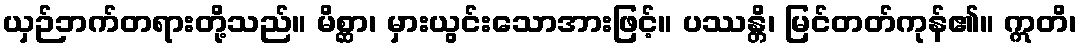
ယှဉ်ဘက်တရားတို့သည်။ မိစ္ဆာ၊ မှားယွင်းသောအားဖြင့်။ ပဿန္တိ၊ မြင်တတ်ကုန်၏။ ဣတိ၊